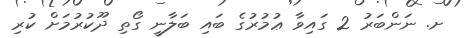
ށ. ނަންބަރު 2 ގައިވާ ޢުމުރުގެ ބައި ބަލާނީ ގޯތި ދޫކުރުމަށް ކުރި